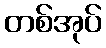
တစ်အုပ်